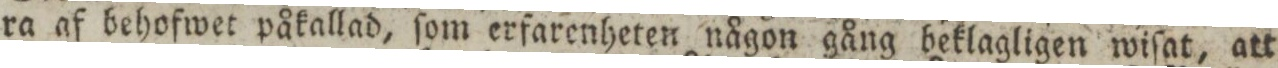
ra af behofwet påkallad, ſom erfarenheten någon gång beklagligen wiſat, att